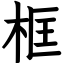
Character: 框